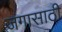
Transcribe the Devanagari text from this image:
जगासाठी